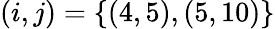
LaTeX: (i,j)=\{ (4,5),(5,10)\}